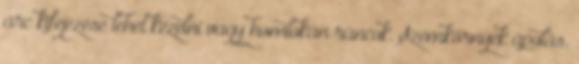
arc kifejezése lehet kezelni vagy homlokán ráncok. Szemkörnyék ápolás.